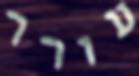
עורר